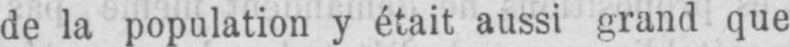
de la population y était aussi grand que